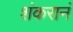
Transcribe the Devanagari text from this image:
शंकरानं